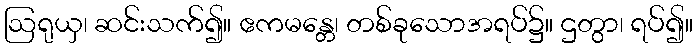
ဩရုယှ၊ ဆင်းသက်၍။ ဧကမန္တေ၊ တစ်ခုသောအရပ်၌။ ဌတွာ၊ ရပ်၍။